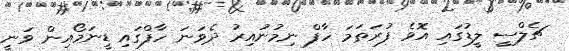
ޗެލްސީ ލީޑުގައި އޮވެ ފުރަތަމަ ހާފް ނިމުނުއިރު ދެވަނަ ހާފްގައި ޑީނަމޯއިން ވަނީ